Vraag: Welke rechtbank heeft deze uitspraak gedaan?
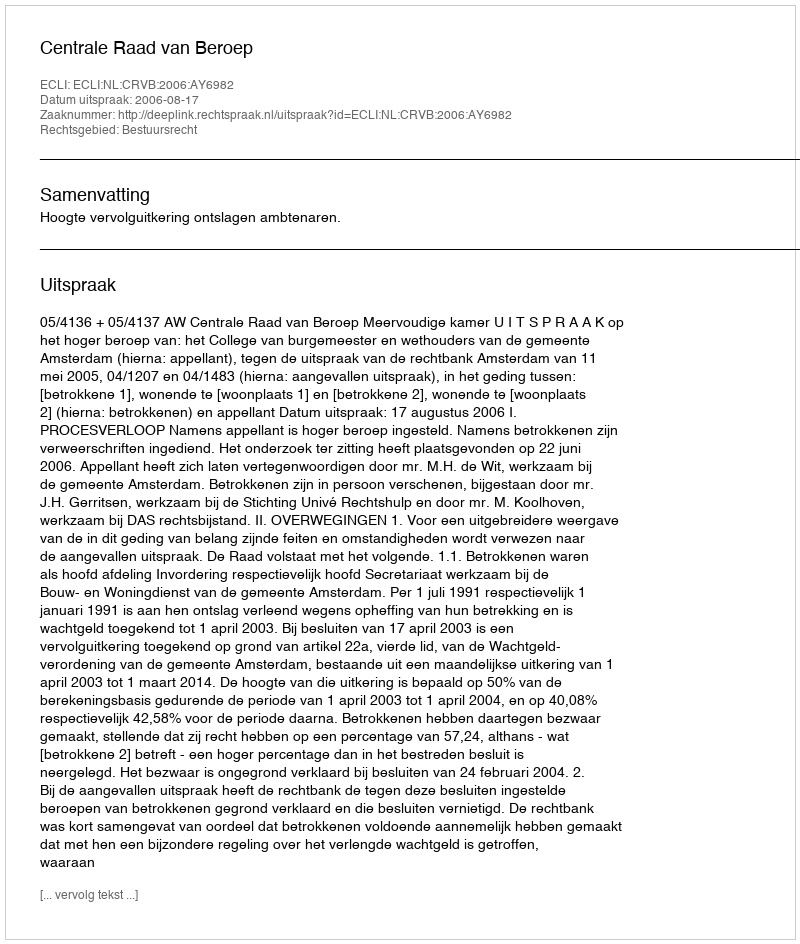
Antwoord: Centrale Raad van Beroep